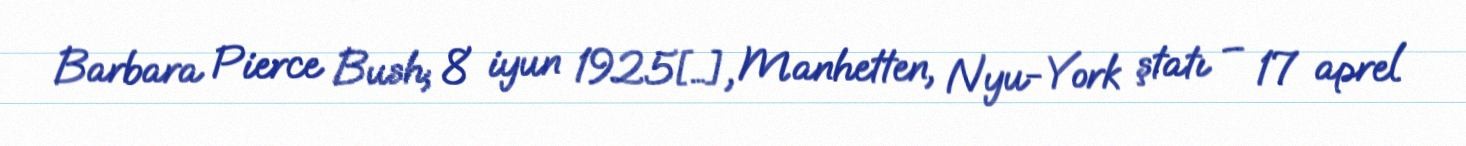
Barbara Pierce Bush; 8 iyun 1925[…], Manhetten, Nyu-York ştatı – 17 aprel